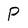
Character: P